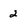
Character: 2